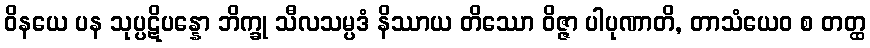
ဝိနယေ ပန သုပ္ပဋိပန္နော ဘိက္ခု သီလသမ္ပဒံ နိဿာယ တိဿော ဝိဇ္ဇာ ပါပုဏာတိ, တာသံယေဝ စ တတ္ထ